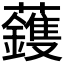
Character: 𮓈